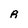
Character: R